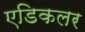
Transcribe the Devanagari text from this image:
एडिकलर